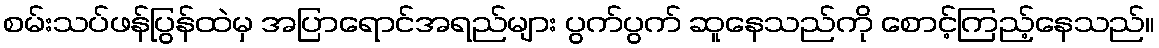
စမ်းသပ်ဖန်ပြွန်ထဲမှ အပြာရောင်အရည်များ ပွက်ပွက် ဆူနေသည်ကို စောင့်ကြည့်နေသည်။